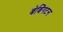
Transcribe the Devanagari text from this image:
बेबिंगटन